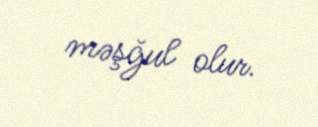
məşğul olur.